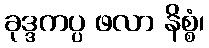
ခုဒ္ဒကပ္ပ ဖလာ နိစ္စံ၊